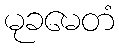
မုခမေတံ